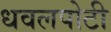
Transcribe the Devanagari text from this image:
धवलपोटी